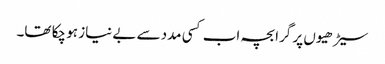
سیڑھیوں پر گرا بچہ اب کسی مدد سے بے نیاز ہو چکا تھا۔